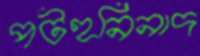
পটহনিনাদ